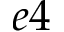
e 4